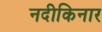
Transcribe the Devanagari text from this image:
नदीकिनार